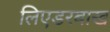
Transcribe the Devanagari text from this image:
लिएडरबाख